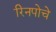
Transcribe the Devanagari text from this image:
रिनपोचे